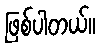
ဖြစ်ပါတယ်။